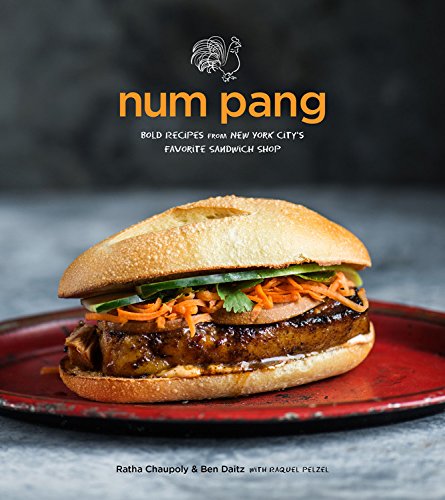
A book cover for Num Pang: The Cookbook: Bold Recipes from New York City's Favorite Sandwich Shop; Ratha Chaupoly; Cookbooks, Food & Wine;